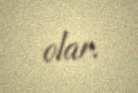
olar.